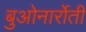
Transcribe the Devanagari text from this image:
बुओनार्रोती